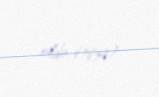
oldu (1839).